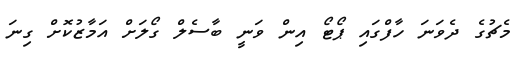
މެޗުގެ ދެވަނަ ހާފްގައި ޕޯޓޯ އިން ވަނީ ބާސެލް ގޯލަށް އަމާޒުކޮށް ގިނަ